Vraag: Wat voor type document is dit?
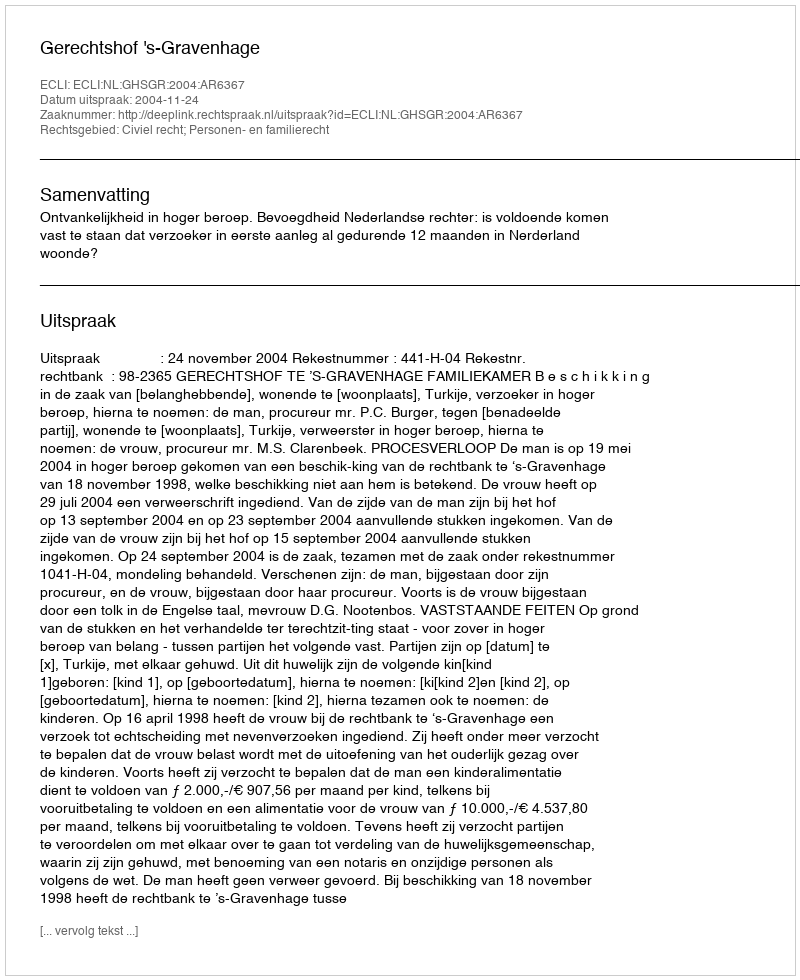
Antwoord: Uitspraak